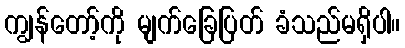
ကျွန်တော့်ကို မျက်ခြေပြတ် ခံသည်မရှိပါ။